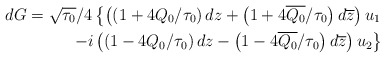
\begin{align*}dG=\sqrt{\tau_0}/4\left\{\left(\left(1+4Q_0/\tau_0\right)dz+\left(1+4\overline{Q_0}/\tau_0\right)d\overline{z}\right)u_1\right.\\\left.-i\left(\left(1-4Q_0/\tau_0\right)dz-\left(1-4\overline{Q_0}/\tau_0\right)d\overline{z}\right)u_2\right\}\end{align*}